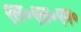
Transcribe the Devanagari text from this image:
एल०एल०एम०